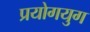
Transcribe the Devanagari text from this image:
प्रयोगयुग